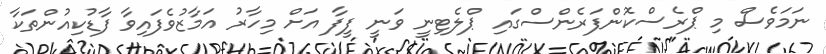
ނަމަވެސް މި ޕްރެސްކޮންފަރެންސްގައި ޕްލެޓިނީ ވަނީ ފީފާ އަށް މިހާރު އަމާޒުވެފައިވާ ފާޑުކިއުންތަކާ